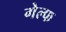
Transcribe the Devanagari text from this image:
गेल्फ